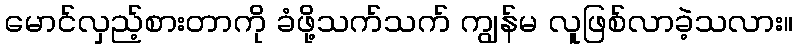
မောင်လှည့်စားတာကို ခံဖို့သက်သက် ကျွန်မ လူဖြစ်လာခဲ့သလား။